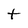
Character: t